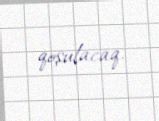
qoşulacaq.